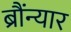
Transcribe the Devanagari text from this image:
ब्रौंन्यार